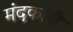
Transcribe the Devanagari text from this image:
मंदकारी